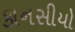
કાનસીયો